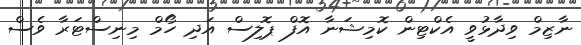
ނާޒިމް ވިދާޅުވީ އެކްޓިން ކޮމިޝަނާ އޮފް ޕޮލިސް އަދި ހޯމް މިނިސްޓަރާ ވެސް